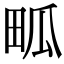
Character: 畖